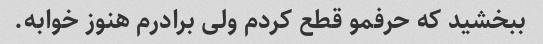
ببخشید که حرفمو قطع کردم ولی برادرم هنوز خوابه.